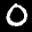
Label: 0